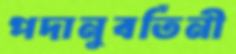
পদানুবর্তিনী